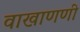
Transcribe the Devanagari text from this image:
वाखाणणी